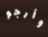
وأرجو